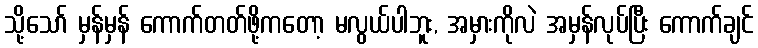
သို့သော် မှန်မှန် ကောက်တတ်ဖို့ကတော့ မလွယ်ပါဘူး, အမှားကိုလဲ အမှန်လုပ်ပြီး ကောက်ချင်